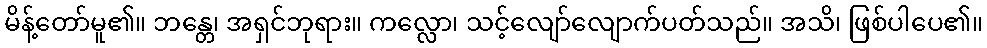
မိန့်တော်မူ၏။ ဘန္တေ၊ အရှင်ဘုရား။ ကလ္လော၊ သင့်လျော်လျောက်ပတ်သည်။ အသိ၊ ဖြစ်ပါပေ၏။